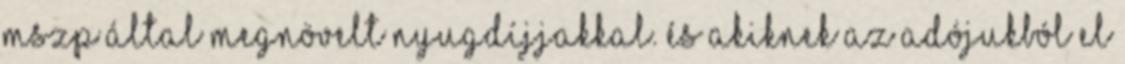
MSZP által megnövelt nyugdíjjakkal. És akiknek az adójukból el